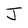
Character: J